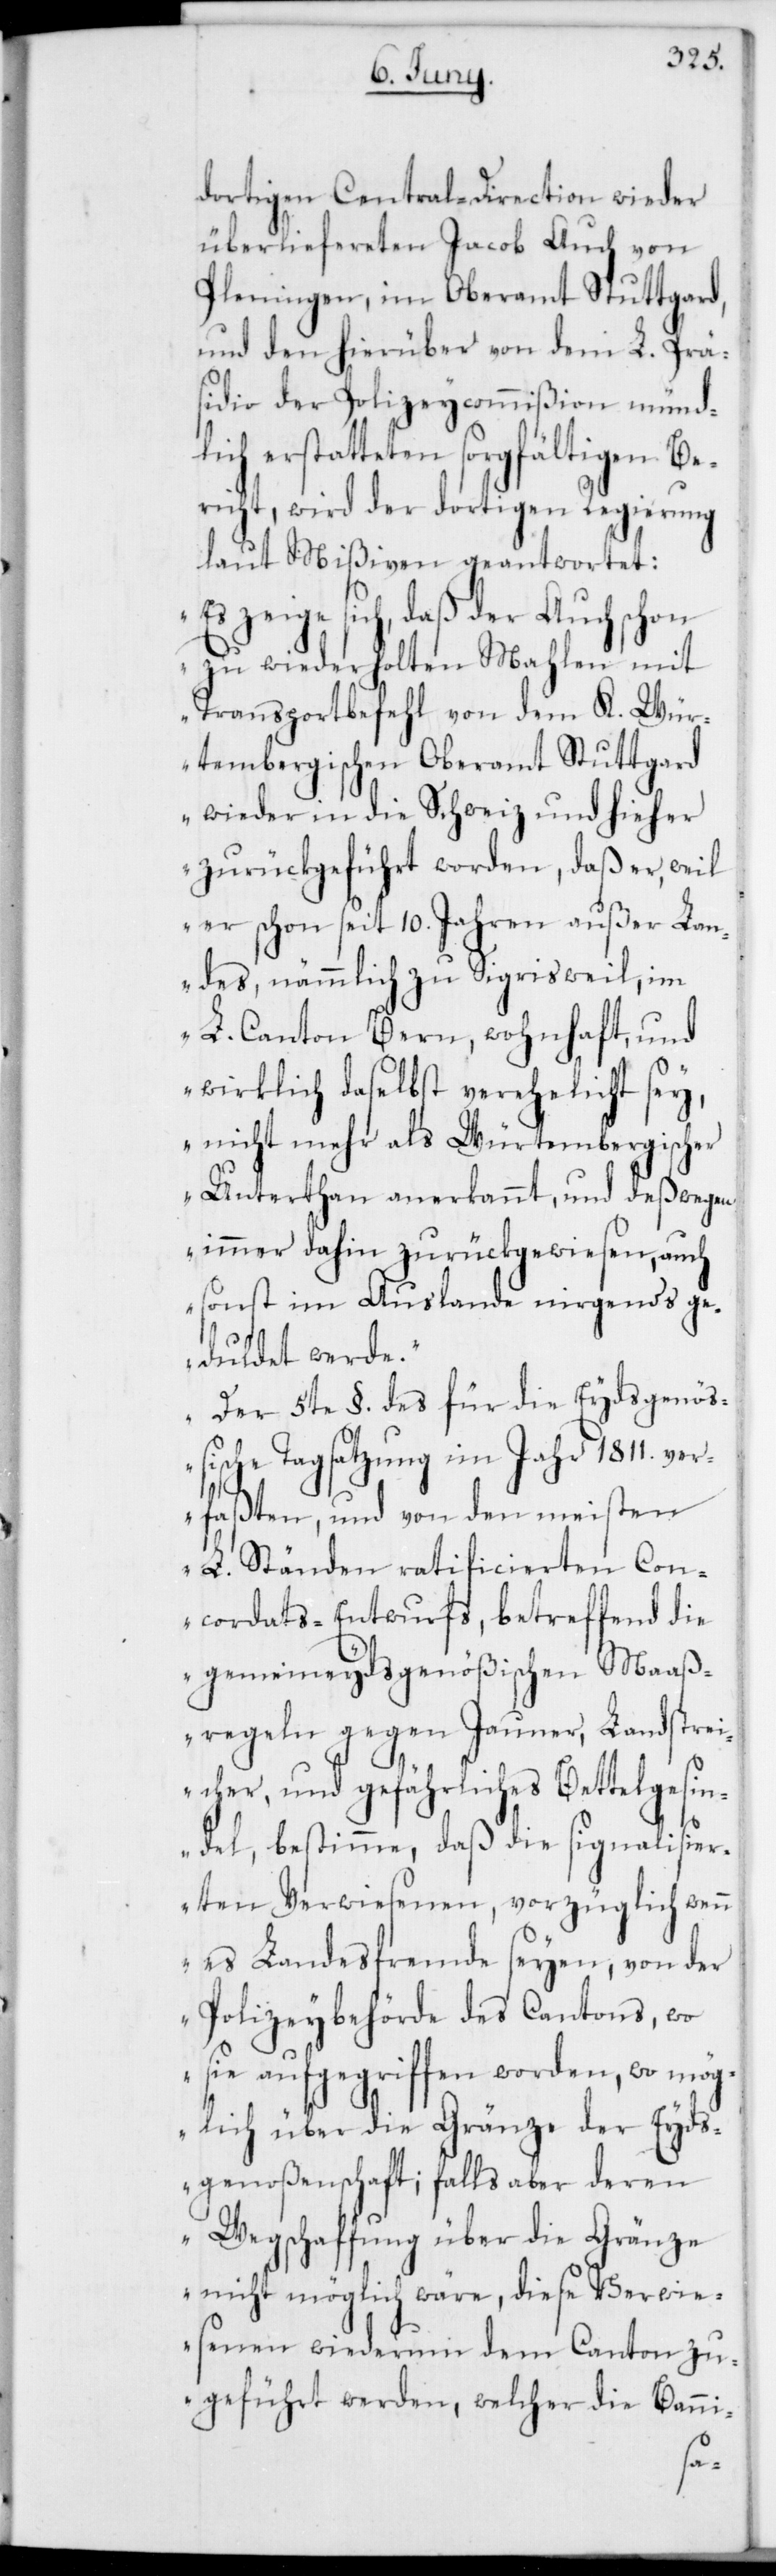
dortigen Central-Direction wieder
überliefereten Jacob Auch von
Pleningen, im Oberamt Stuttgart,
und den hierüber von dem L. Prä¬
sidio der Polizeycommißion münd¬
lich erstatteten sorgfältigen Be¬
richt, wird der dortigen Regierung
laut Mißiven geantwortet:
„Es zeige sich, daß der Auch schon
zu wiederholten Mahlen mit
Transportbefehl von dem K. Wür¬
tembergischen Oberamt Stuttgart
wieder in die Schweiz und hieher
zurückgeführt worden, daß er, weil
er schon seit 10. Jahren außer Lan¬
des, nämmlich zu Sigrisweil, im
L. Canton Bern, wohnhaft, und
wirklich daselbst verehelicht sey,
nicht mehr als Würtembergischer
Unterthan anerkannt, und deßwegen
immer dahin zurückgewiesen, auch
sonst im Auslande nirgends ge¬
duldet werde.“
„Der 5te §. des für die Eydsgenöß¬
ische Tagsatzung im Jahr 1811. ver¬
faßten, und von den meisten
L. Ständen ratificierten Con¬
cordats-Entwurfs, betreffend die
gemeineydsgenößischen Maaß¬
regeln gegen Jauner, Landstrei¬
cher und gefährliches Bettelgesin¬
del, bestimme, daß die signalisier¬
ten Verwiesenen, vorzüglich wenn
es Landesfremde seyen, von der
Polizeybehörde des Cantons, wo
sie aufgegriffen worden, wo mög¬
lich über die Gränze der Eyds¬
genoßenschaft; falls aber deren
Wegschaffung über die Gränze
nicht möglich wäre, diese Verwie¬
senen wiederum dem Canton zu¬
geführt werden, welcher die Banni-